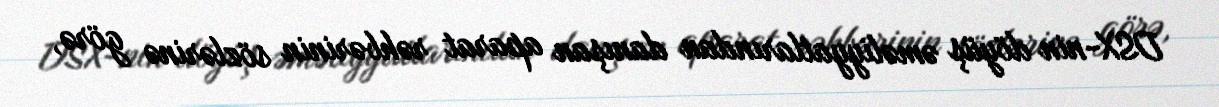
DSX-nin döyüş əməliyyatlarından danışan aparat rəhbərinin sözlərinə görə,